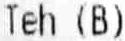
TEH (B)